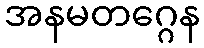
အနမတဂ္ဂေန